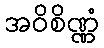
အဝိစိဏ္ဏံ